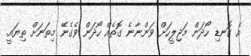
އެ ގޮނޑި ހޯދަން މަޖިލީހަށް ވަންނާނެ ގޮތެއް ހޯދަން ވެގެނޭ މިތަނަށް ތިޔައީ.